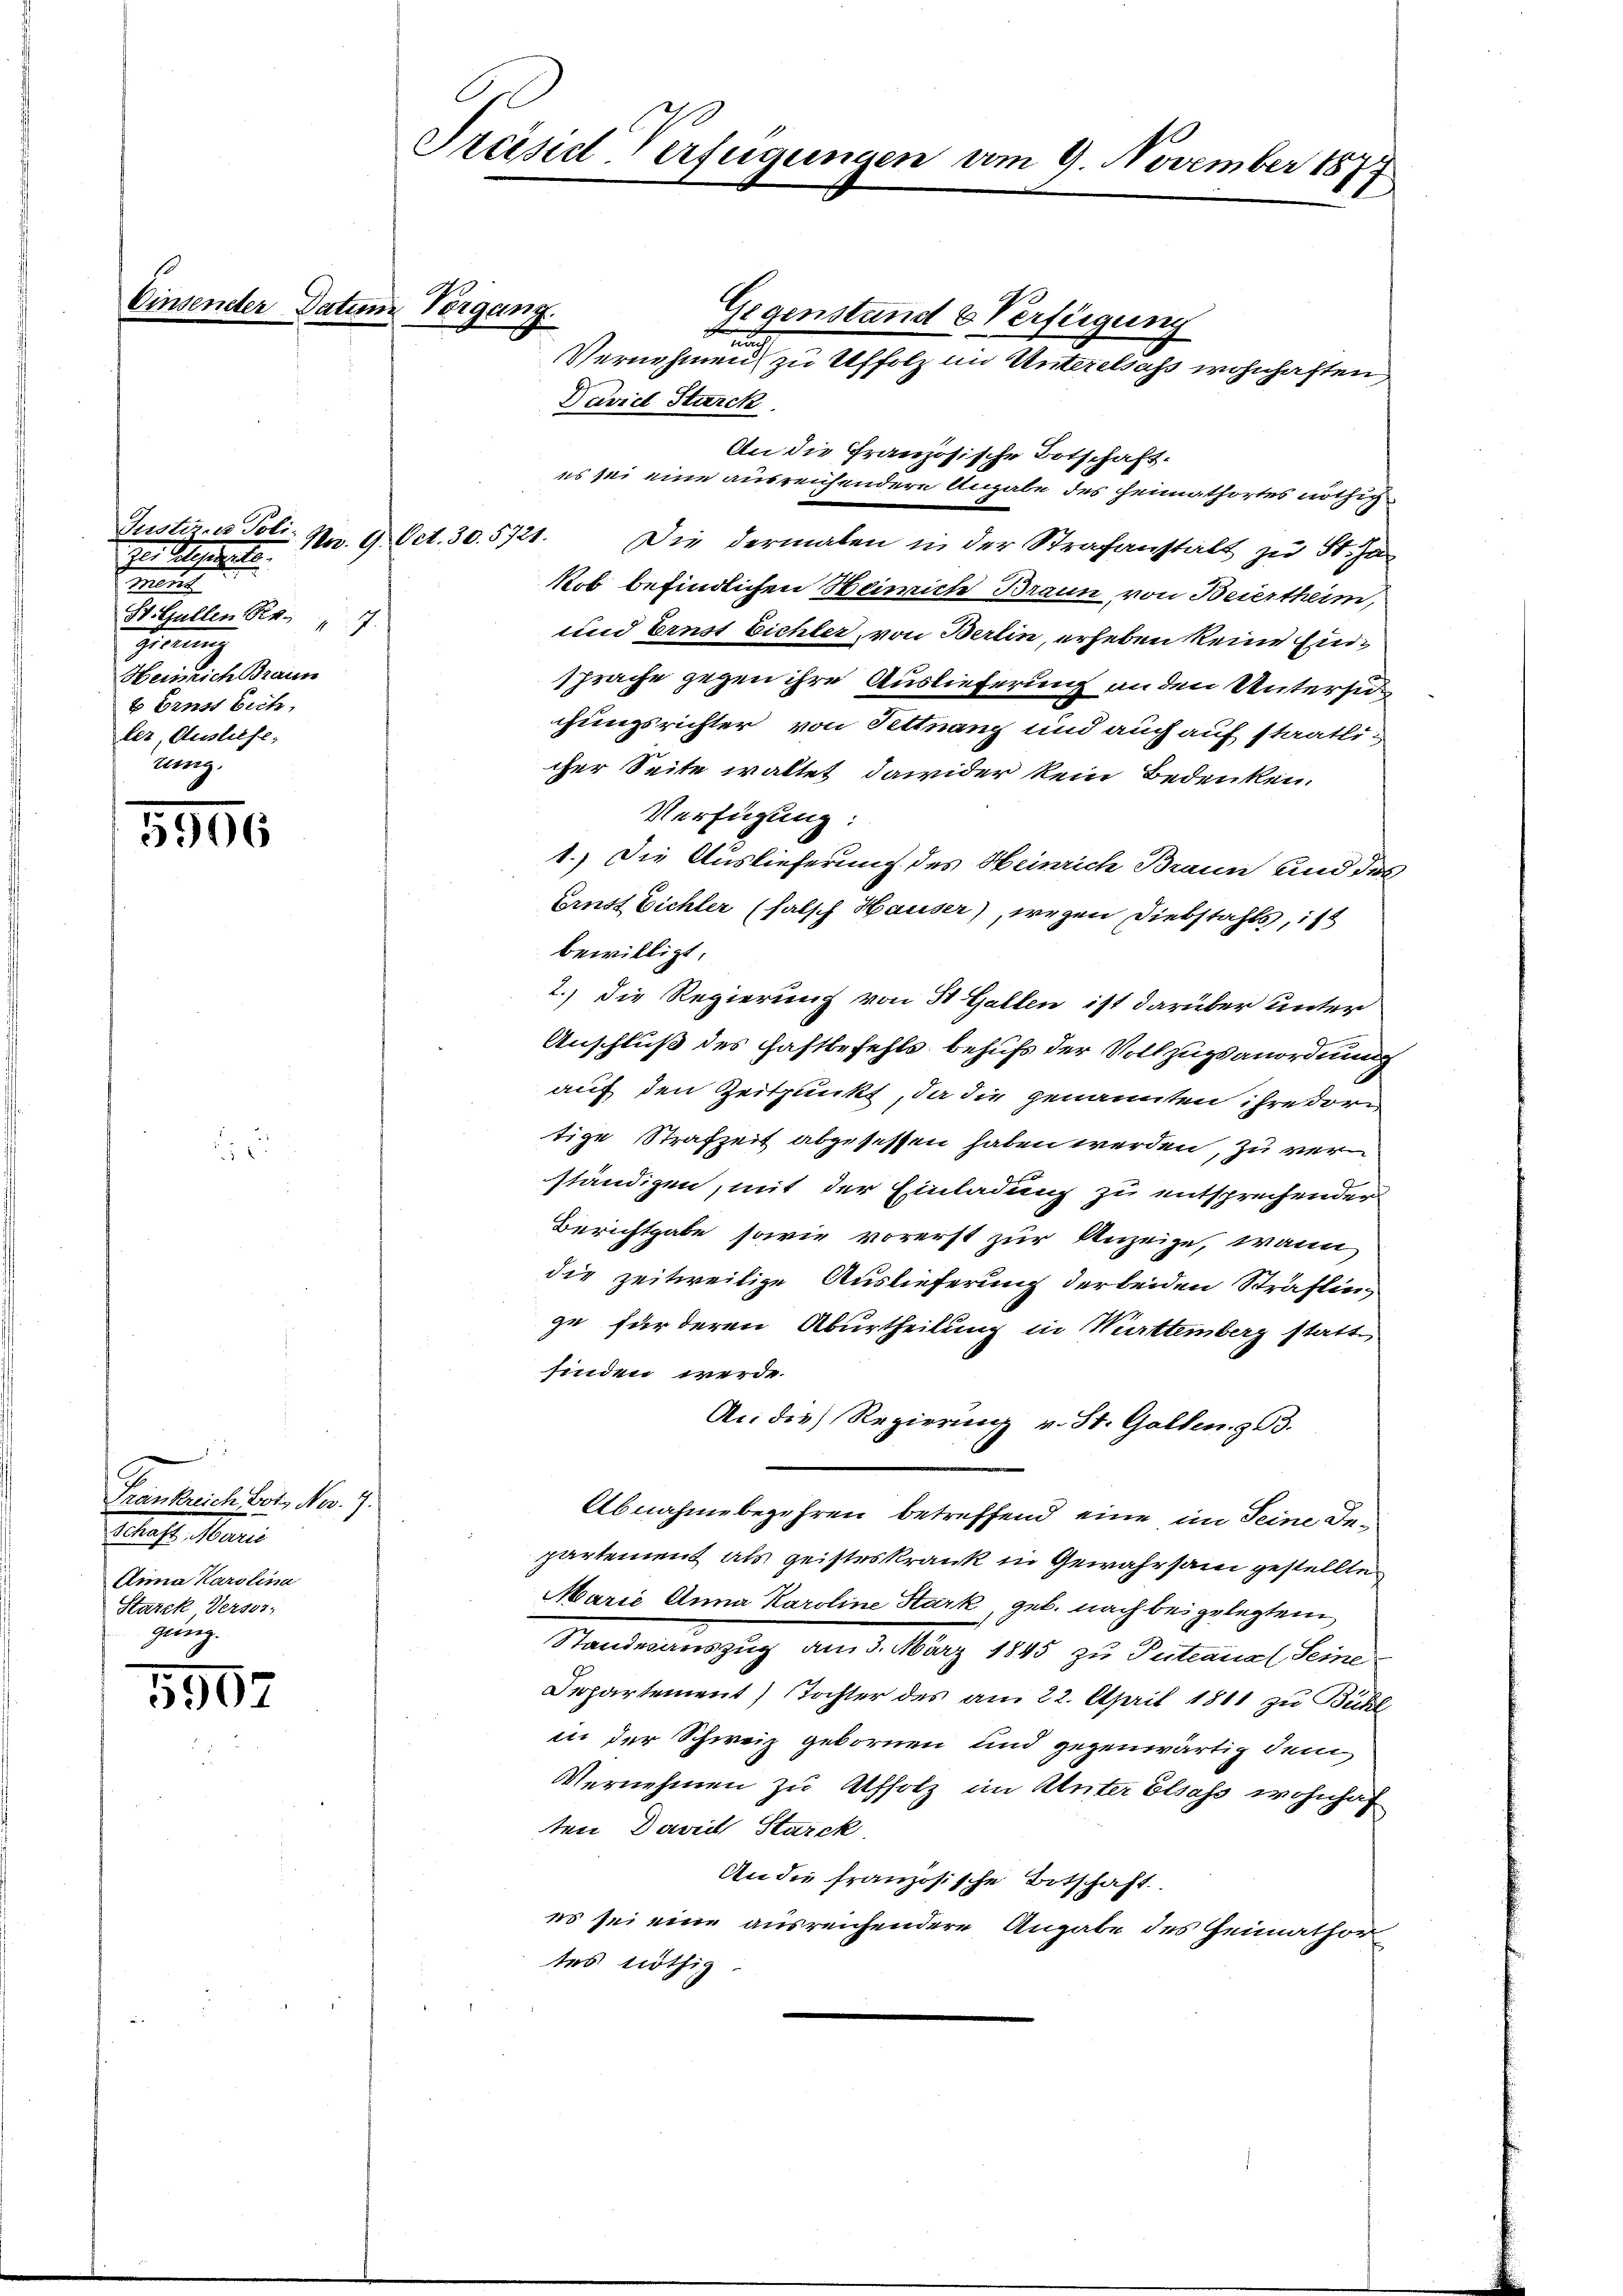
Justinnes Poli
No. 9. Oct. 30. 5721.
Ien Seitete.
un
St.Gallen R. 7
7
Weise ich Braun
b Ernst sich,
ler, Ausliefe;
zung.

5906

.
Frankreich Potiz Nov. 7.
Schaft Marie
Anna Karolina
Starck Verst,
gnung.

5907

Einsender Datum Vorgang.

Präsid-Verfügungen vom 9. November 1874
1

Gegenstand & Verfügung
d
Vernehmen zu Affolz im Unterelsass wohnhaften
David Starck.
Die dermalen in der Strafanstalt zu St. Ja
Kob befindlichen Heinrich Braun von Beiertheim,
und Ernst Eichler, von Berlin, erheben keine Einsprache gegen ihre Auslieferung an den Untersuchungsrichter von Tittnang und auch auf staatlicher Seite waltet, dawider kein Bedenken.
Verfügung:
1.) Die Auslieferung des Heinrich Braun und des
Ernst Eichler (falsch Hauser), wegen Diebstahls, ist
bewilligt.
2.) Die Regierung von H Gallen ist darüber unter
Anschluß des Haftbefehls behufs der Vollzugsanordnung
auf den Zeitpunkt, da die genannten ihre dortige Strafzeit abgesessen haben werden, zu verständigen, mit der Einladung zu entsprechender
Berichtgabe, sowie vorerst zur Anzeige, wann
die zeitweilige Auslieferung der beiden Sträflinge für deren Aburtheilung in Württemberg statt
finden werde.
Ac. die Regierung v. St. Gallen. 353.
Abnahme begehren betreffend eine im Seine Departement als geisteskrank in Gewahrsam gestellte
Marić Anna Karoline Stark, geb. nach bei gelegten
Standesauszug am 3. März 1845 zu Tuteanal Seine
Departement) Tochter des am 22. April 1811 zu Bühl
in der Schweiz gebornen und gegenwärtig den
Vernehmen zu Affolz im Unter Elsass wohnhaf
ten Daveil Starck
An die französische Botschaft.
es sei eine ausreichendere Angabe des Heimathor
tes nöthig.

An die Französische Botschaft.
es sei eine ausreichendere Angabe des Heimathortes nöthig